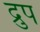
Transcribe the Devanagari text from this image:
द्रुप